Annual report of the Imperial Bacteriological Laboratory, Muktesar
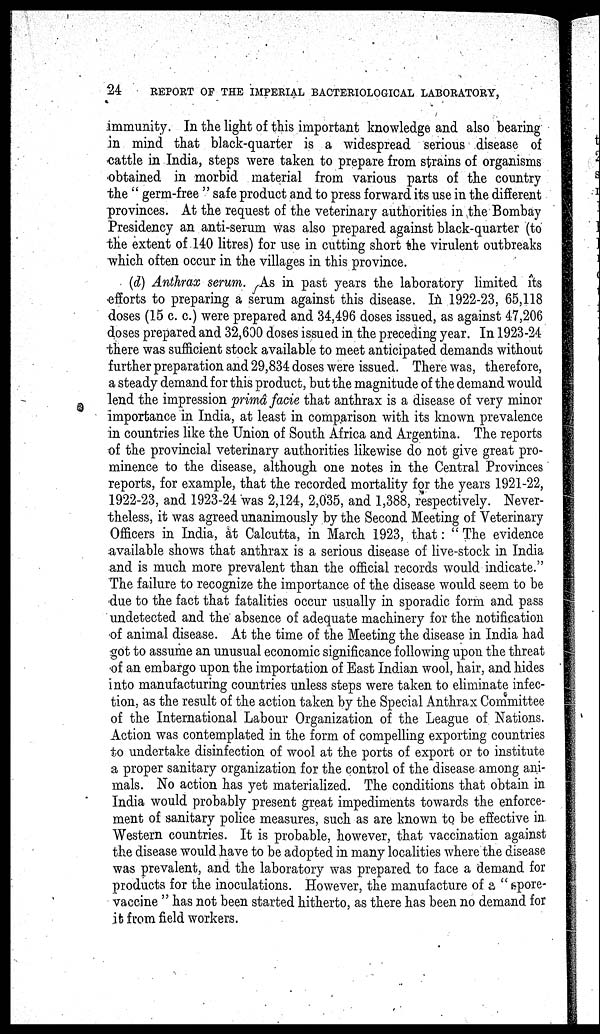
24
REPORT OF THE IMPERIAL BACTERIOLOGICAL LABORATORY,
immunity. In the light of this important knowledge and also bearing
in mind that black-quarter is a widespread serious disease of
cattle in India, steps were taken to prepare from strains of organisms
obtained in morbid material from various parts of the country
the " germ-free " safe product and to press forward its use in the different
provinces. At the request of the veterinary authorities in the Bombay
Presidency an anti-serum was also prepared against black-quarter (to
the extent of 140 litres) for use in cutting short the virulent outbreaks
which often occur in the villages in this province.
(d) Anthrax serum. As in past years the laboratory limited its
efforts to preparing a serum against this disease. In 1922-23, 65,118
doses (15 c. c.) were prepared and 34,496 doses issued, as against 47,206
doses prepared and 32,600 doses issued in the preceding year. In 1923-24
there was sufficient stock available to meet anticipated demands without
further preparation and 29,834 doses were issued. There was, therefore,
a steady demand for this product, but the magnitude of the demand would
lend the impression primâ facie that anthrax is a disease of very minor
importance in India, at least in comparison with its known prevalence
in countries like the Union of South Africa and Argentina. The reports
of the provincial veterinary authorities likewise do not give great pro-
minence to the disease, although one notes in the Central Provinces
reports, for example, that the recorded mortality for the years 1921-22,
1922-23, and 1923-24 was 2,124, 2,035, and 1,388, respectively. Never-
theless, it was agreed unanimously by the Second Meeting of Veterinary
Officers in India, at Calcutta, in March 1923, that: " The evidence
available shows that anthrax is a serious disease of live-stock in India
and is much more prevalent than the official records would indicate."
The failure to recognize the importance of the disease would seem to be
due to the fact that fatalities occur usually in sporadic form, and pass
undetected and the absence of adequate machinery for the notification
of animal disease. At the time of the Meeting the disease in India had
got to assume an unusual economic significance following upon the threat
of an embargo upon the importation of East Indian wool, hair, and hides
into manufacturing countries unless steps were taken to eliminate infec-
tion, as the result of the action taken by the Special Anthrax Committee
of the International Labour Organization of the League of Nations.
Action was contemplated in the form of compelling exporting countries
to undertake disinfection of wool at the ports of export or to institute
a proper sanitary organization for the control of the disease among ani-
mals. No action has yet materialized. The conditions that obtain in
India would probably present great impediments towards the enforce-
ment of sanitary police measures, such as are known to be effective in
Western countries. It is probable, however, that vaccination against
the disease would have to be adopted in many localities where the disease
was prevalent, and the laboratory was prepared to face a demand for
products for the inoculations. However, the manufacture of a" spore-
vaccine " has not been started hitherto, as there has been no demand for
it from field workers.